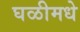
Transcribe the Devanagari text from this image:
घळीमधे